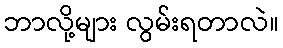
ဘာလို့များ လွမ်းရတာလဲ။